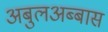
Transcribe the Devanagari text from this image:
अबुलअब्बास